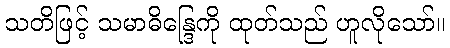
သတိဖြင့် သမာဓိန္ဒြေကို ထုတ်သည် ဟူလိုသော်။